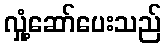
လှုံ့ဆော်ပေးသည်